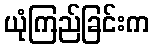
ယုံကြည်ခြင်းက